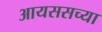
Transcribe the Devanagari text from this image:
आयससच्या